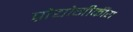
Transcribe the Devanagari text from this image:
प्रौद्योगीकीय